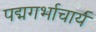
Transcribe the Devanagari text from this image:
पद्मगर्भाचार्य